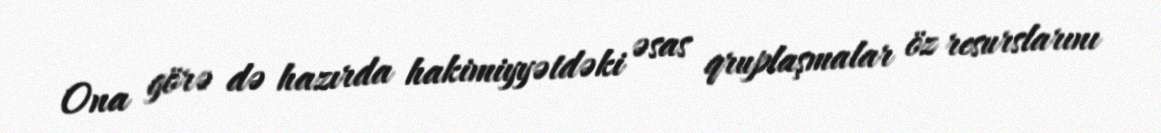
Ona görə də hazırda hakimiyyətdəki əsas qruplaşmalar öz resurslarını